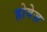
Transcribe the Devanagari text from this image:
होवेज़